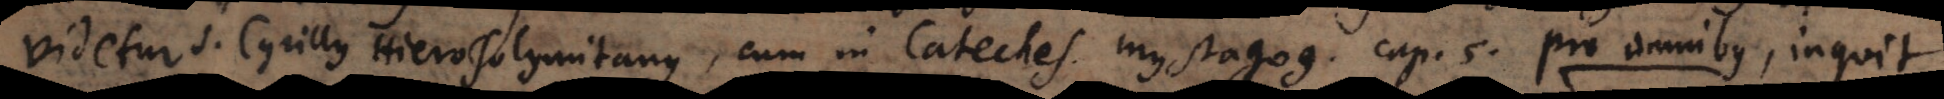
videtur S. Cyrillus Hierosolymitanus, cum in Cateches. mystagog. cap. 5. pro omnibus, inquit,